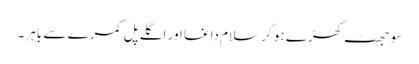
سو جھٹ کھڑے ہو کر سلام داغا اور اگلے پل کمرے سے باہر۔